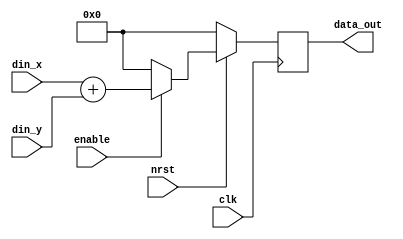
`timescale 1ns / 1ps
//////////////////////////////////////////////////////////////////////////////////
// Company: 
// Engineer: 
// 
// Design Name: 
// Module Name:    adder 
// Project Name: 
// Target Devices: 
// Tool versions: 
// Description: 
//
// Dependencies: 
//
// Revision: 
// Revision 0.01 - File Created
// Additional Comments: 
//
//////////////////////////////////////////////////////////////////////////////////
module adder(clk, nrst, enable, din_x, din_y, data_out);
parameter WL = 8;
	input clk, nrst;
	input enable;
	input [WL-1:0] din_x, din_y;
	output [WL-1:0] data_out;
	
	reg [WL-1:0] temp_data;
	
	always @ (posedge clk) begin
		if(!nrst)	temp_data <= 0;
		else begin
			if(enable)
				temp_data <= din_x + din_y;
			else
				temp_data <= 0;
		end
	end
	
	assign data_out = temp_data;


endmodule